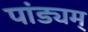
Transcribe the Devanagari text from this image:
पांड्यम्